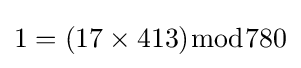
1=(17\times 413){\bmod {7}}80